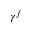
\gamma ^ { f }